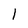
Character: I